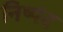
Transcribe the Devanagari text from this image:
निष्पंद